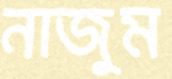
নাজুম